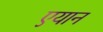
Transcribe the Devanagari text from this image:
एयान